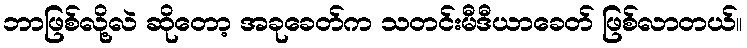
ဘာဖြစ်လို့လဲ ဆိုတော့ အခုခေတ်က သတင်းမီဒီယာခေတ် ဖြစ်လာတယ်။